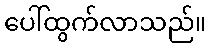
ပေါ်ထွက်လာသည်။